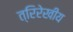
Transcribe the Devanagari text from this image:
त्रिरेखीय